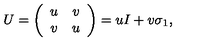
U = \left( \begin{array} { c c } { u } & { v } \\ { v } & { u } \\ \end{array} \right) = u I + v \sigma _ { 1 } ,